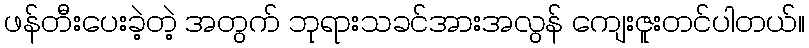
ဖန်တီးပေးခဲ့တဲ့ အတွက် ဘုရားသခင်အားအလွန် ကျေးဇူးတင်ပါတယ်။